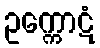
ဥက္ကောဋံ